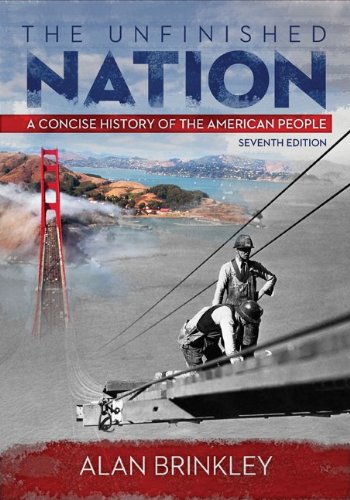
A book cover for The Unfinished Nation: A Concise History of the American People; Alan Brinkley; Computers & Technology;